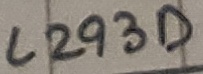
Text: L293D